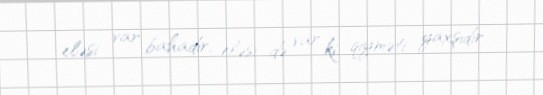
eləsi var bahadır, eləsi də var ki, qiyməti yaxşıdır.